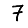
Digit: 7